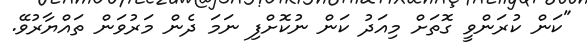
"ކަން ކުރަންވީ ގޮތަށް މިއަދު ކަން ނުކޮށްފި ނަމަ ދެން މަރުވަން ތައްޔާރުވޭ.